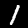
Digit: 1